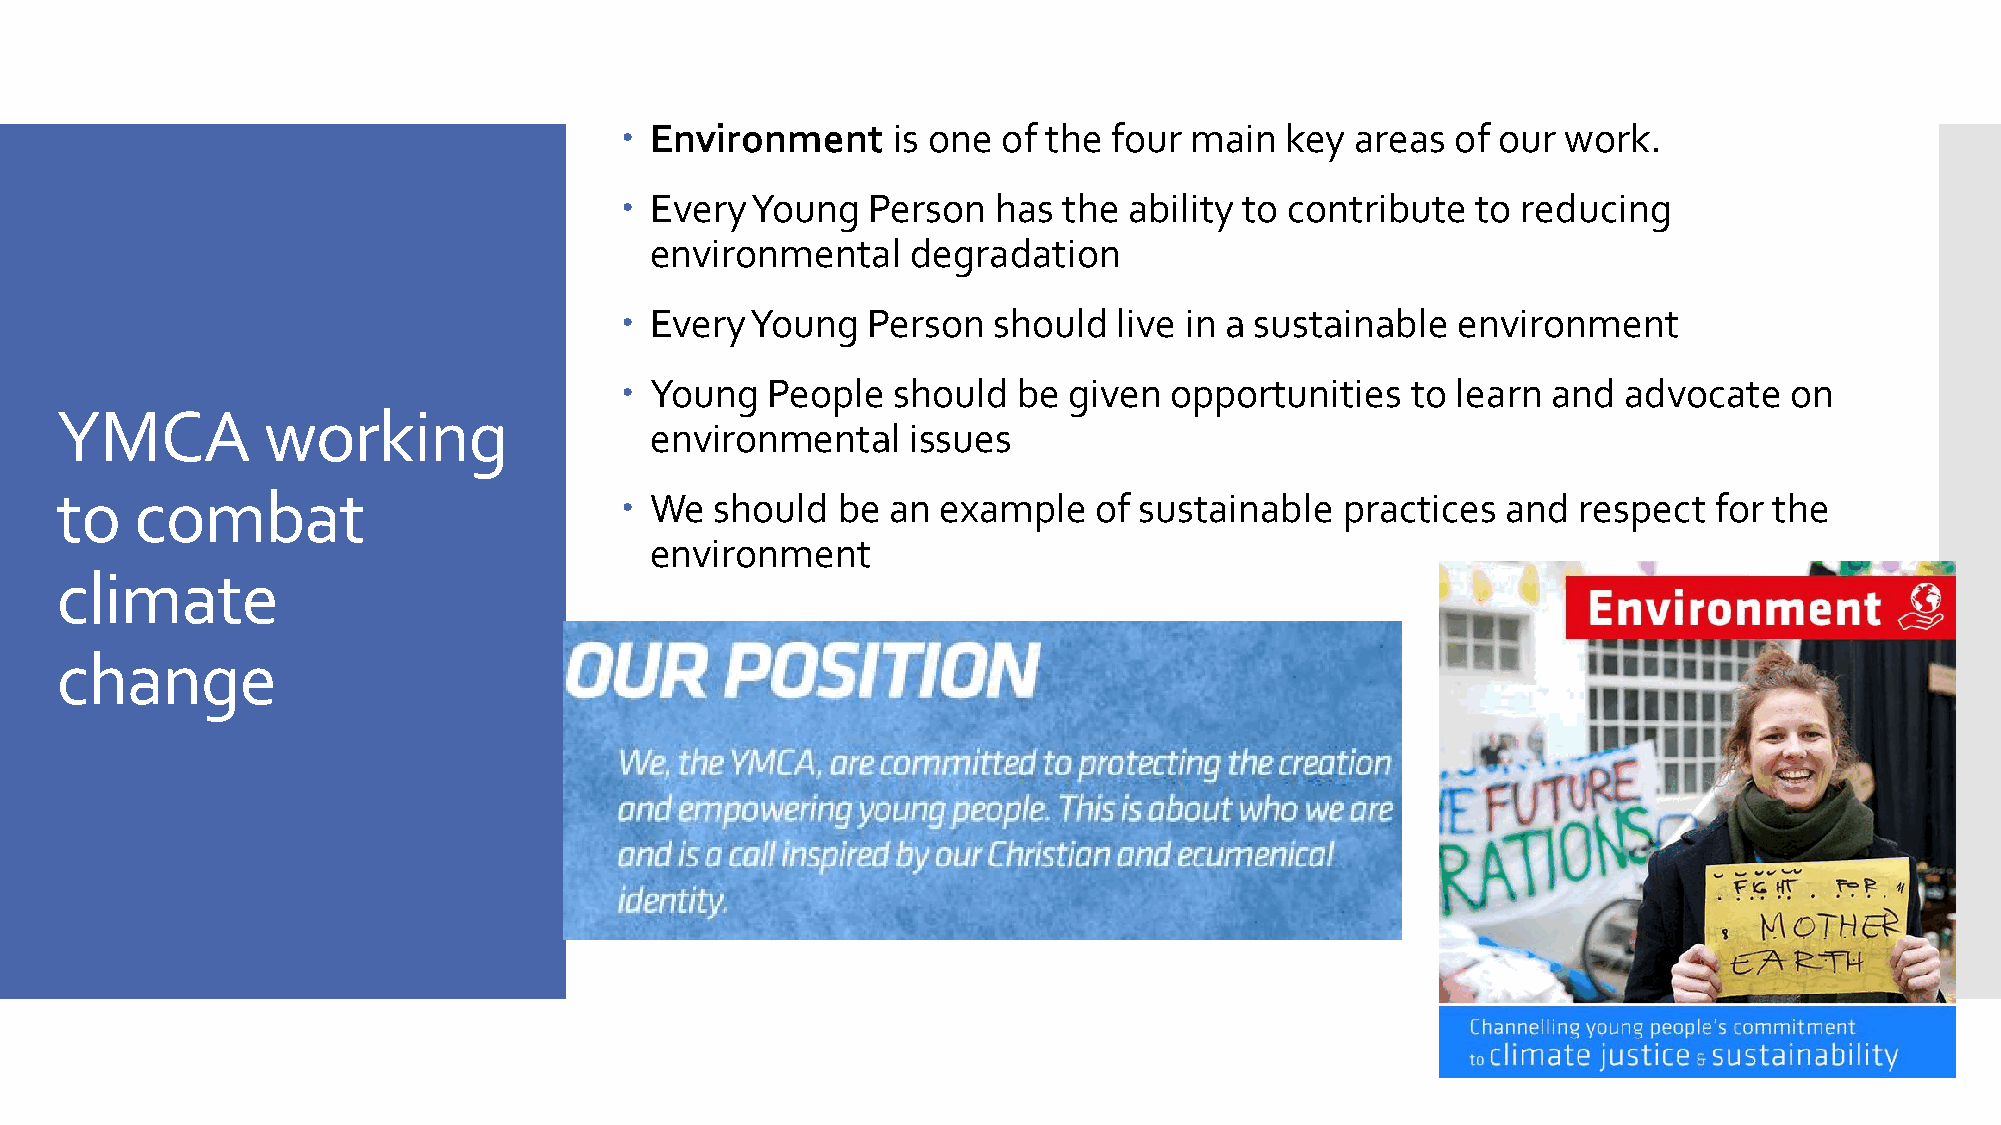
 Environment     is one of the  four main  key  areas of our  work.
  Every  Young  Person   has the  ability to contribute  to reducing
 environmental    degradation
  Every  Young  Person   should  live in a sustainable environment
  Young   People  should  be  given opportunities   to learn  and advocate   on
 YMCA         working
 environmental    issues
 to   combat                           We  should  be  an example   of sustainable   practices  and respect  for the
 environment
 climate
 change